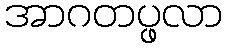
အာဂတပ္ဖလာ